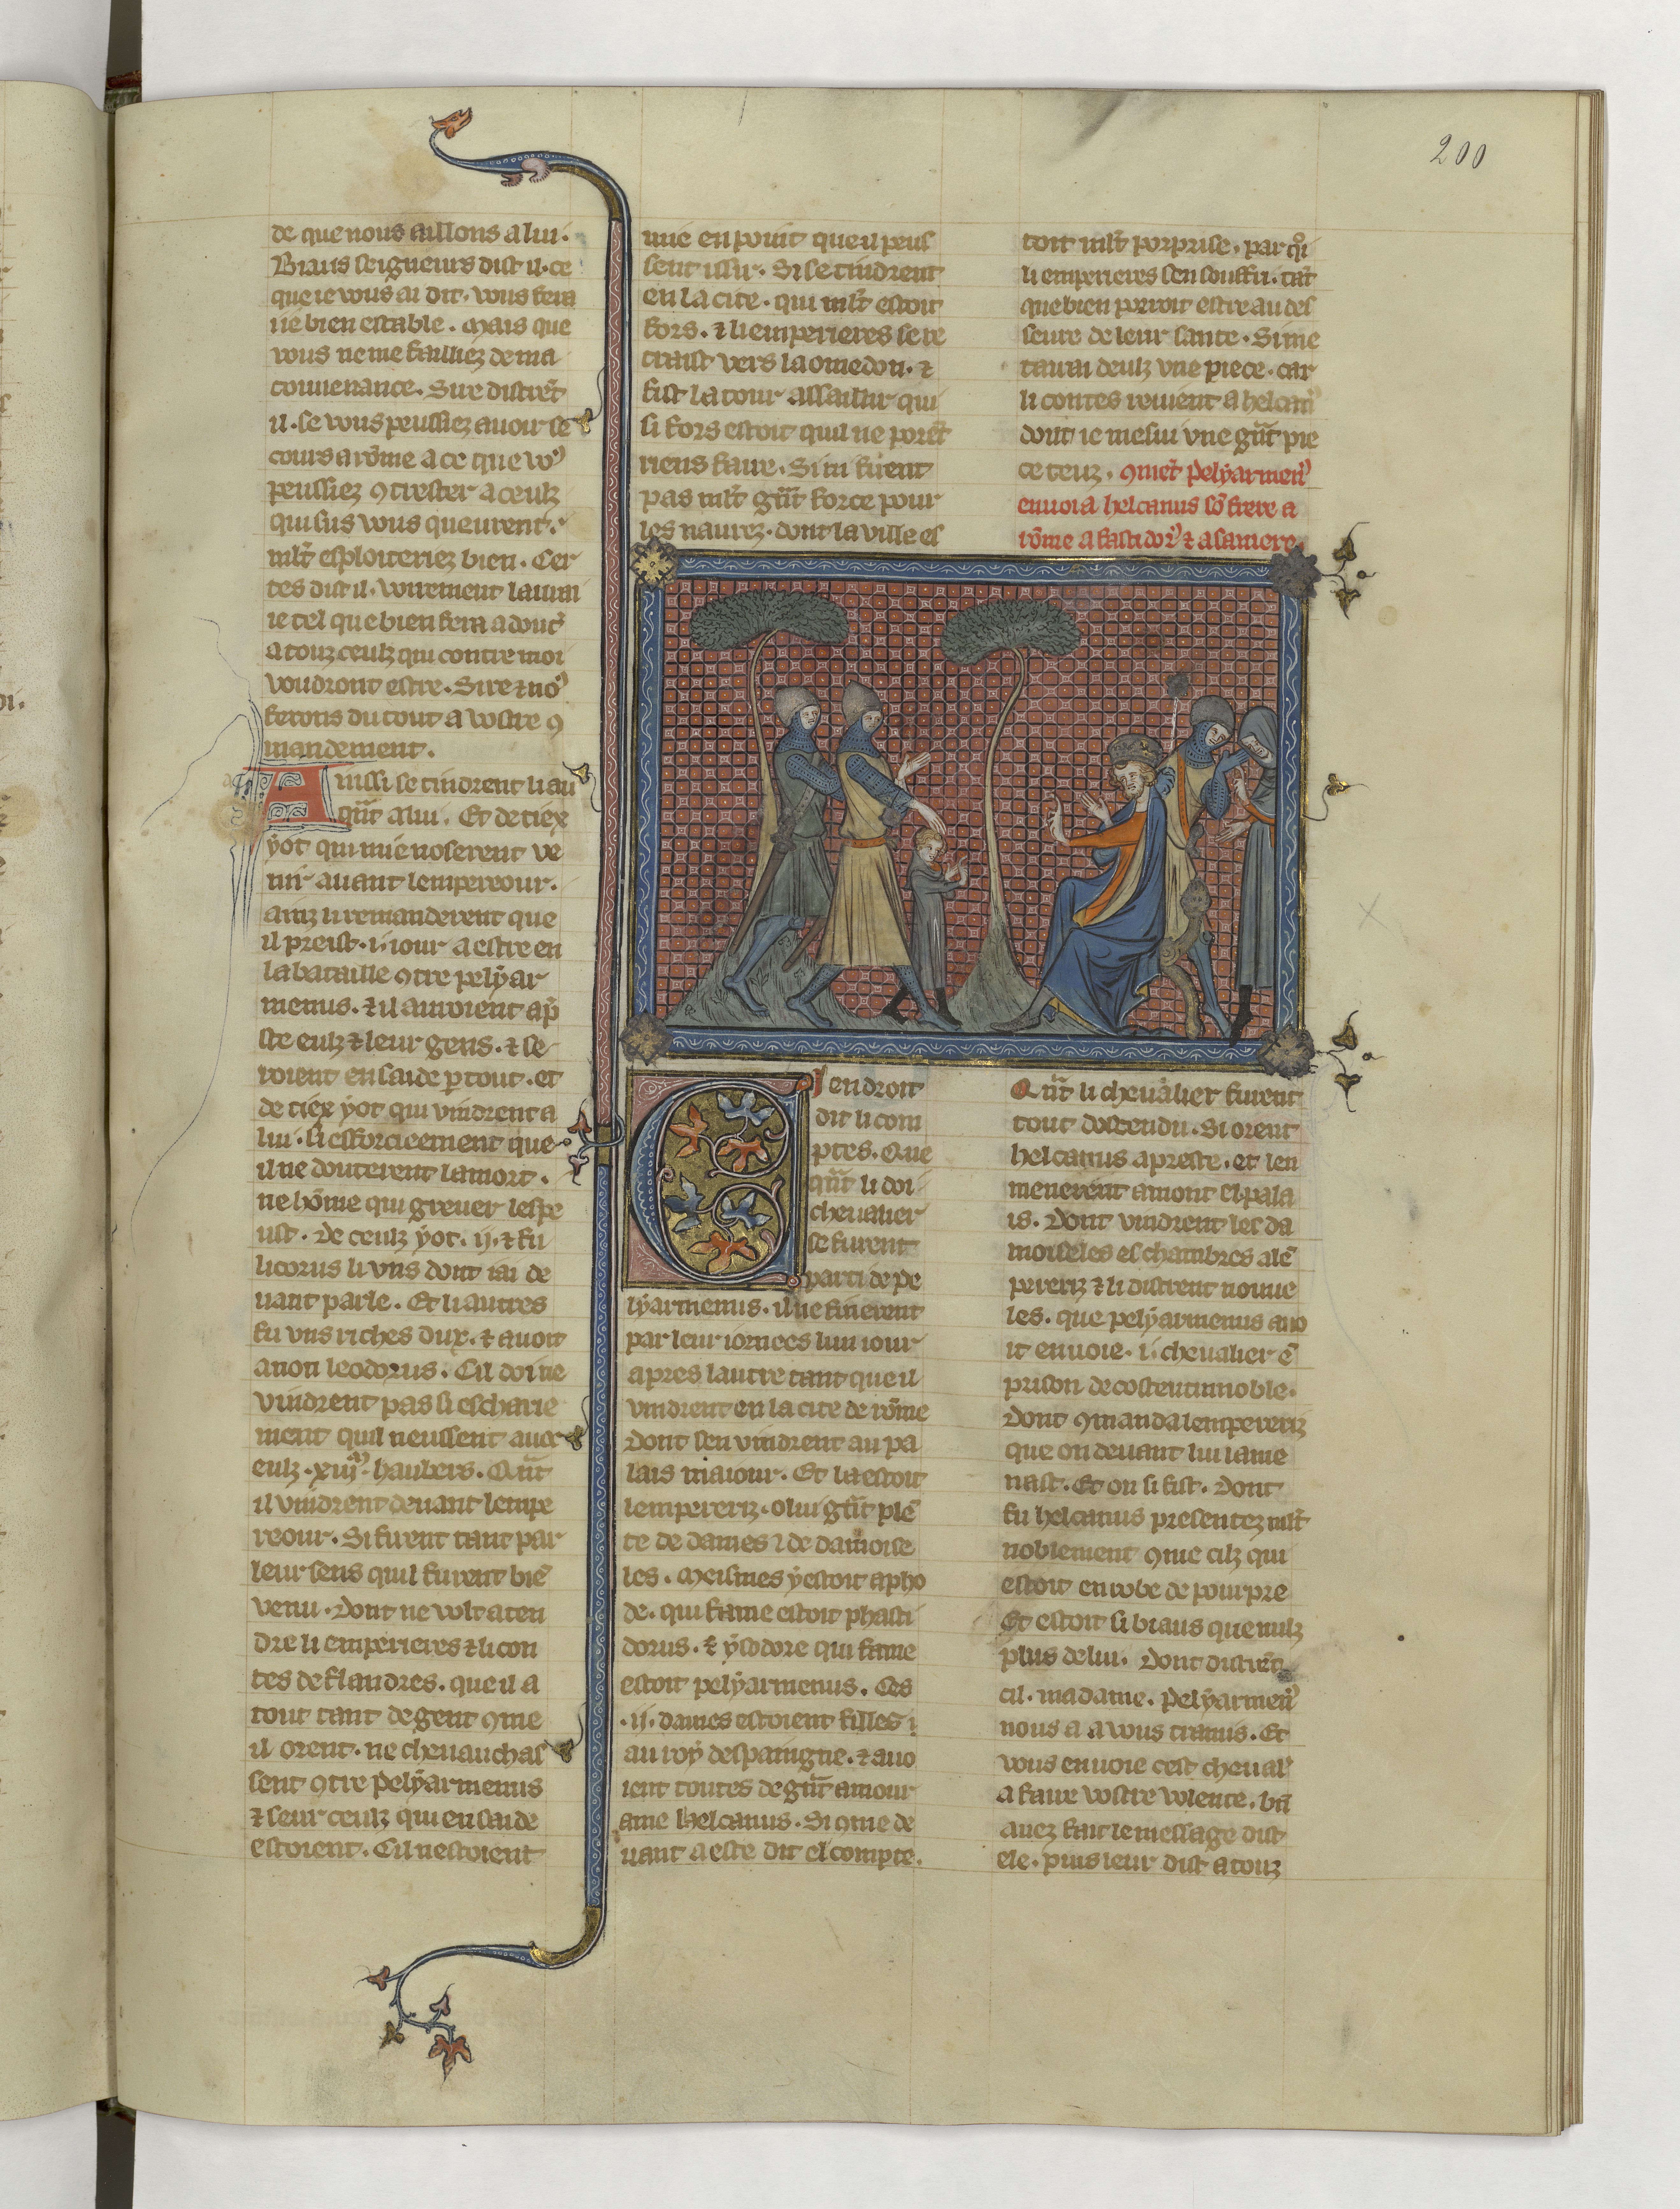
Shelfmark: Paris, BnF, fr. 22549
Century: 14